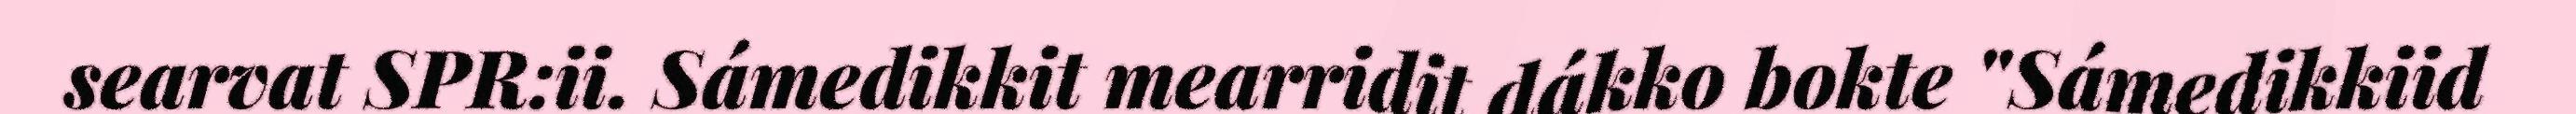
searvat SPR:ii. Sámedikkit mearridit dákko bokte "Sámedikkiid